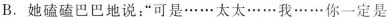
B.她磕磕巴巴地说：”可是……太太……我……你一定是